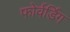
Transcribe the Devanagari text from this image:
फोर्वर्डिंग